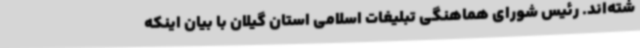
شته‌اند. رئیس شورای هماهنگی تبلیغات اسلامی استان گیلان با بیان اینکه